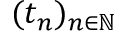
( t _ { n } ) _ { n \in \mathbb { N } }